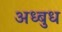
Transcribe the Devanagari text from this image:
अध्बुध